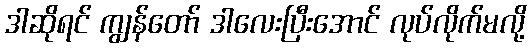
ဒါဆိုရင် ကျွန်တော် ဒါလေးပြီးအောင် လုပ်လိုက်မလို့